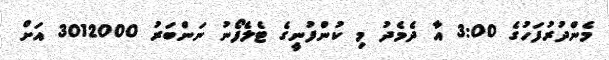
މެންދުރުފަހުގެ 3:00 އާ ދެމެދު މި ކުންފުނީގެ ޓެލެފޯނު ނަންބަރު 3012000 އަށް